Plague in India, 1896, 1897 - Volume 2
Year: 1896
Disease focus: Plague
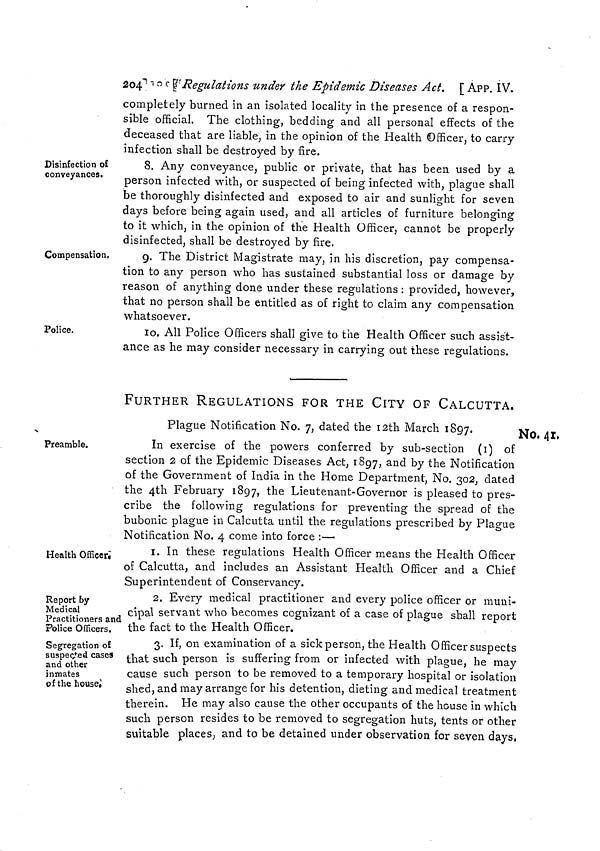
247
App. IX.]
spread of infection by sea.
IX.—All vessels arriving at Rangoon, which may have commu-
nicated with any vessel coming from Karachi, shall be
subjected to the same quarantine as vessels arriving at
Rangoon from Karachi unless the communication was
held after the vessel from Karachi was released from
quarantine.
QUARANTINE AT BOMBAY AND AT MINOR PORTS IN THE
BOMBAY PRESIDENCY.
No. 50. Resolution of the Government of Bombay, No. 1975—1446-P., dated the 12th April
1897.
His Excellency the Governor in Council is pleased to make the
following rules under Act III of 1897, and to publish them for general
information :—
The Bombay Plague Committee is hereby authorized to appoint
persons as plague authorities.
2. Such plague authorities are hereby empowered to medically
inspect persons coming to Bombay Island by sea, by vessels, includ-
ing native craft, which have touched at any port in India between
Bhatkal and a line ten miles north of Karachi, and to detain or send
for detention to such hospitals or other places as may be appointed by
the Bombay Plague Committee for the purpose any persons whom
they find or suspect to be suffering from plague.
3. The Master of every vessel, including buggalows and every
kind of native craft arriving at the Port of Bombay from or having
had communication with any place on the West Coast of India
between Bhatkal and a line ten miles north of Karachi, on board of
which there is, or has been during the voyage from which she is
arriving or has last arrived, either among the passengers or crew, any
case or suspicious case of bubonic plague, or if one or more deaths
from any cause whatever shall have occurred on board on the said
voyage, shall report the same at the earliest possible moment by
signal to the Health Officer of the Port or through the Pilot or Water
Police.
4. If the vessel is coming into port, the Master shall report such
cases to the Pilot or other boarding officers at the earliest possible
opportunity, or if she be not boarded, or is already at anchor within
port limits, shall hoist a signal, which shall be, during the day, the
flag R of the Commercial Code at the main, and during the night, at
the same place, 3 lights, namely, red, white and red, and shall also
verbally by an officer, or in writing, inform the officer in charge of the